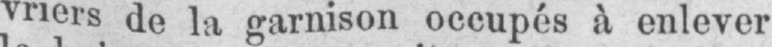
vriers de la garnison occupés à enlever